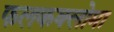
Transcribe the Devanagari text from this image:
फलकक्लोमा